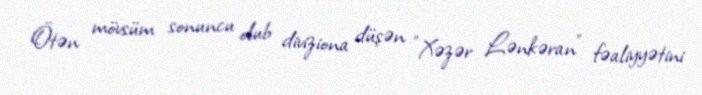
Ötən mövsüm sonuncu olub diviziona düşən "Xəzər Lənkəran" fəaliyyətini